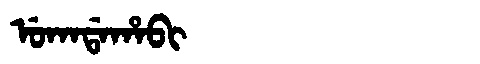
Manchu: ᡠᡴᠠᡩᠠᡥᠠᠪᡳ
Romanization: UKADAHABI